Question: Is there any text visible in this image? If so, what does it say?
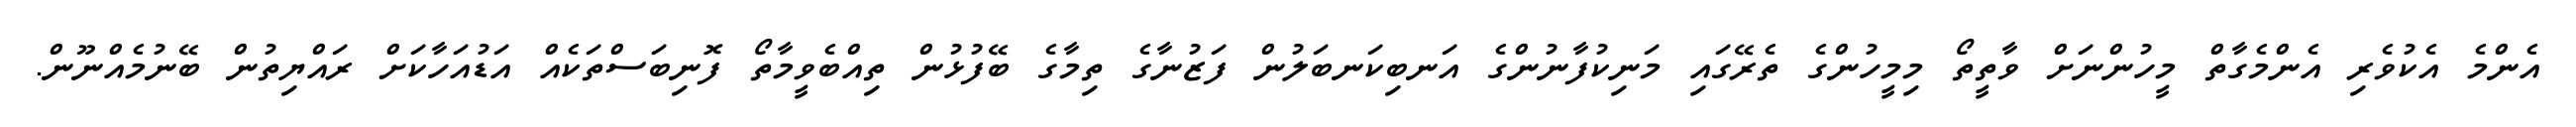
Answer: އެންމެ އެކުވެރި އެންމެގާތް މީހުންނަށް ވާތީތޯ މިމީހުންގެ ތެރޭގައި މަނިކުފާނުންގެ އަނބިކަނބަލުން ފަޒުނާގެ ތިމާގެ ބޭފުޅުން ތިއްބެވީމާތޯ ފޮނިބަސްތަކެއް އަޑުއަހާކަށް ރައްޔިތުން ބޭނުމެއްނޫން.